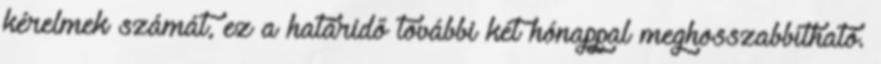
kérelmek számát, ez a határidő további két hónappal meghosszabbítható.